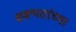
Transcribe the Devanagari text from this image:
शक्यतांच्या